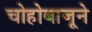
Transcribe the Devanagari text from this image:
चोहोबाजूने